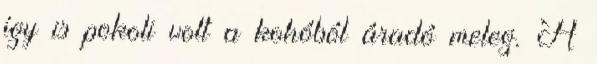
így is pokoli volt a kohóból áradó meleg. A